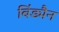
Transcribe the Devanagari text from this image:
बिंड्मैन